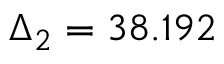
\Delta _ { 2 } = 3 8 . 1 9 2